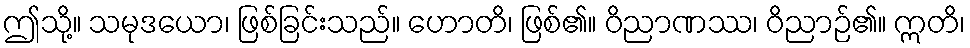
ဤသို့။ သမုဒယော၊ ဖြစ်ခြင်းသည်။ ဟောတိ၊ ဖြစ်၏။ ဝိညာဏဿ၊ ဝိညာဉ်၏။ ဣတိ၊